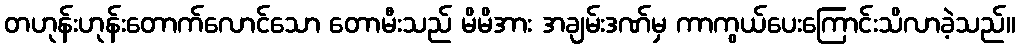
တဟုန်းဟုန်းတောက်လောင်သော တောမီးသည် မိမိအား အချမ်းဒဏ်မှ ကာကွယ်ပေးကြောင်းသိလာခဲ့သည်။